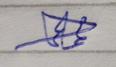
Signature authenticity: genuine